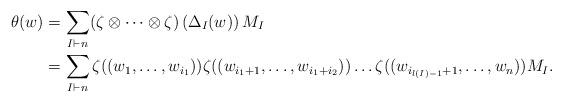
LaTeX: \begin{align*}\theta(w) & =\sum_{I\vdash n}(\zeta\otimes\dots\otimes\zeta)\left(\Delta_{I}(w)\right)M_{I}\\ & =\sum_{I\vdash n}\zeta((w_{1},\dots,w_{i_{1}}))\zeta((w_{i_{1}+1},\dots,w_{i_{1}+i_{2}}))\dots\zeta((w_{i_{l(I)-1}+1},\dots,w_{n}))M_{I}.\end{align*}